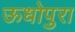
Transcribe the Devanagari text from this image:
ऊधोपुरा